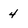
Character: 4